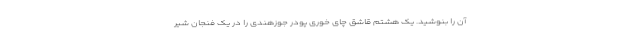
آن را بنوشید. یک هشتم قاشق چای خوری پودر جوزهندی را در یک فنجان شیر